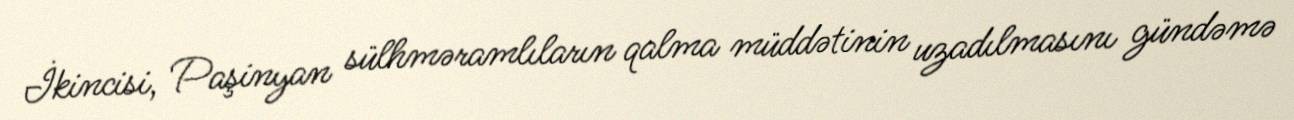
İkincisi, Paşinyan sülhməramlıların qalma müddətinin uzadılmasını gündəmə